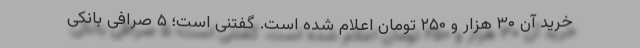
خرید آن ۳۰ هزار و ۲۵۰ تومان اعلام شده است. گفتنی است؛ ۵ صرافی بانکی